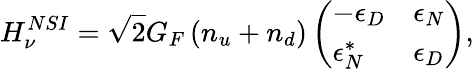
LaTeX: H_{\nu}^{NSI}=\sqrt{2}G_{F}\left(n_{u}+n_{d}\right)\left(\begin{array}{ll}{-\epsilon_{D}}&{\epsilon_{N}}\\ {\epsilon_{N}^{*}}&{\epsilon_{D}}\end{array}\right),